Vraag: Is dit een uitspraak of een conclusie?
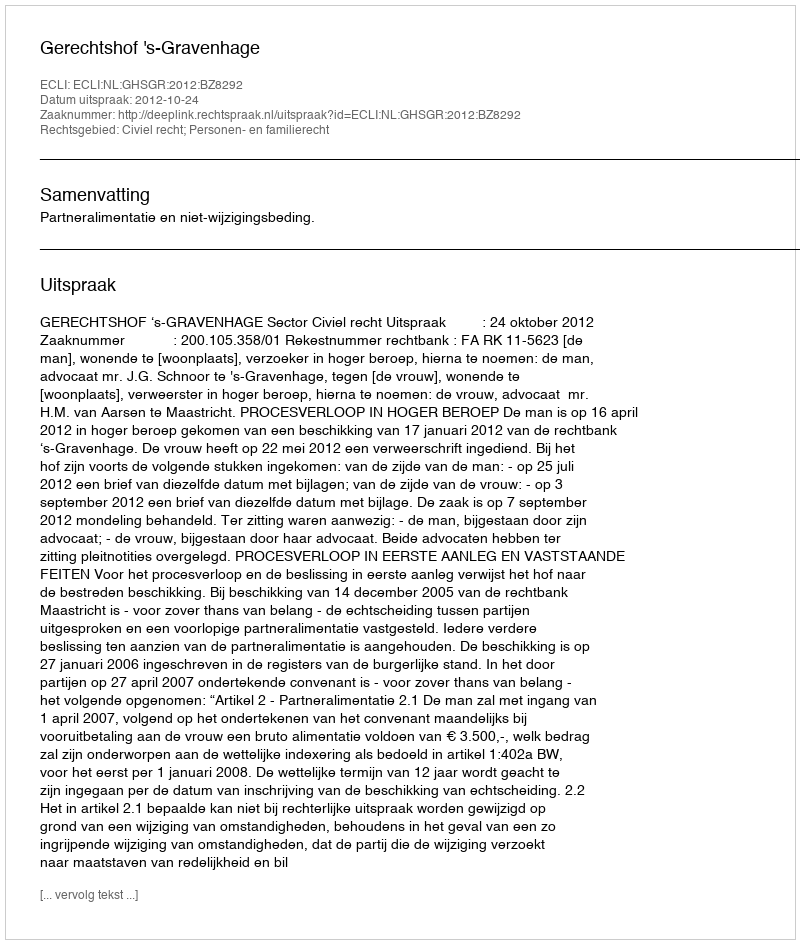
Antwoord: Uitspraak